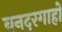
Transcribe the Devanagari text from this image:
बनदरगाहों